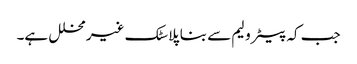
جب کہ پیٹرولیم سے بنا پلاسٹک غیر محلل ہے۔